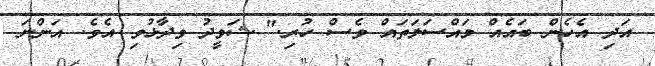
އަދި އެހެން ބައެއް މައްސަލަތައް ވެސް ހުރި." ޝަވީދު ވިދާޅުވި އެވެ. އަންނަ